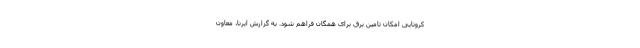
کرونایی امکان تامین برق برای همگان فراهم شود. به گزارش ایرنا، معاون